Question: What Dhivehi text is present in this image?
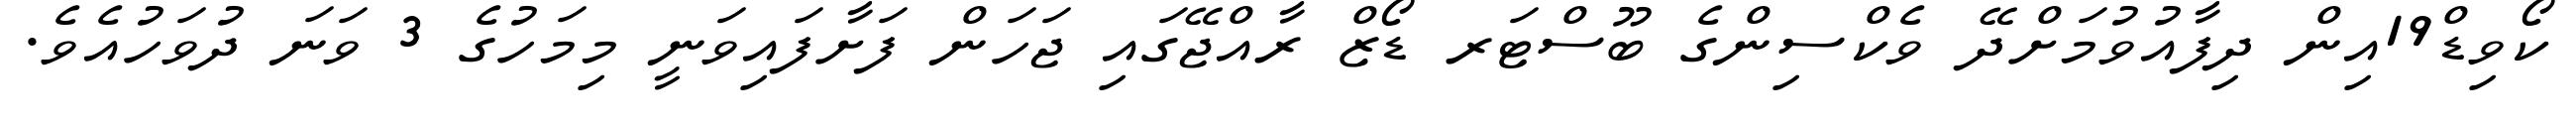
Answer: ކޯވިޑް19އިން ދިފާއުވުމަށްދޭ ވެކްސިންގެ ބޫސްޓަރ ޑޯޒް ރާއްޖޭގައި ޖަހަން ފަށާފައިވަނީ މިމަހުގެ 3 ވަނަ ދުވަހުއެވެ.